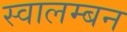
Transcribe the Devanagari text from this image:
स्वालम्बन